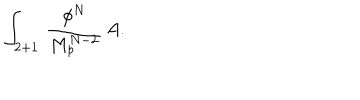
LaTeX: \int _ { 2 + 1 } \, { \frac { \phi ^ { N } } { M _ { p } ^ { N - 2 } } } \, A .